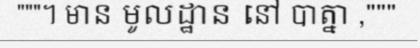
"""។ មាន មូលដ្ឋាន នៅ បាត្នា ,"""